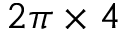
2 \pi \times 4